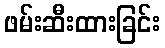
ဖမ်းဆီးထားခြင်း